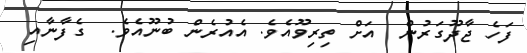
ފަހެ ޖާދޫގަރުން  އަށް ތިރިވޫއެވެ. އެއުރެން ބުނޫއެވެ.  ގެފާނާއި